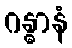
ဂန္ဓာနံ